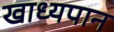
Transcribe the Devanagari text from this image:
खाध्यपान